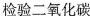
检验二氧化碳